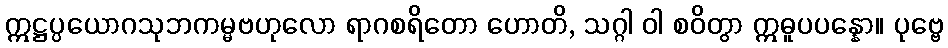
ဣဋ္ဌပ္ပယောဂသုဘကမ္မဗဟုလော ရာဂစရိတော ဟောတိ, သဂ္ဂါ ဝါ စဝိတွာ ဣဓူပပန္နော။ ပုဗ္ဗေ